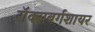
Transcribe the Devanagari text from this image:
रॉक्सबर्गशायर